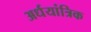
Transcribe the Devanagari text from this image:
अर्धयांत्रिक